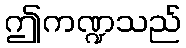
ဤကဏ္ဍသည်